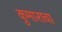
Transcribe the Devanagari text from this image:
कुमाराचा